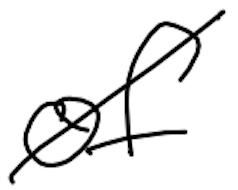
Text: of
Cross-out: diagonal
Writing tool: digital_black